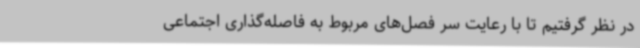
در نظر گرفتیم تا با رعایت سر فصل‌های مربوط به فاصله‌گذاری اجتماعی